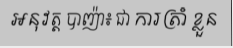
អនុវត្ត បាញ៉ា៖ ជា ការត្រាំ ខ្លួន